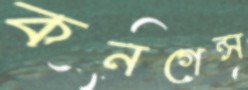
কনগেন্স